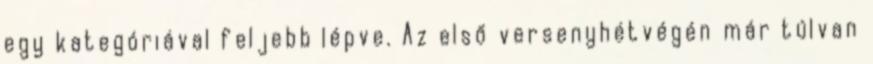
egy kategóriával feljebb lépve. Az első versenyhétvégén már túlvan